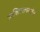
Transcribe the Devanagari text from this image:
व्यक्तिमत्वदर्शन